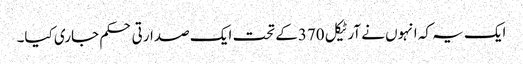
ایک یہ کہ انہوں نے آرٹیکل 370کے تحت ایک صدارتی حکم جاری کیا۔